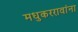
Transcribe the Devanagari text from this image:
मधुकररावांना